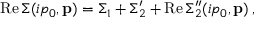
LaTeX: \mathrm { R e \, } \Sigma ( i p _ { 0 } , { \bf p } ) = \Sigma _ { 1 } + \Sigma _ { 2 } ^ { \prime } + \mathrm { R e \, } \Sigma _ { 2 } ^ { \prime \prime } ( i p _ { 0 } , { \bf p } ) \, ,